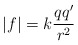
\begin{align*}|f|=k\frac{qq^{\prime }}{r^2} \end{align*}